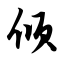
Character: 倾